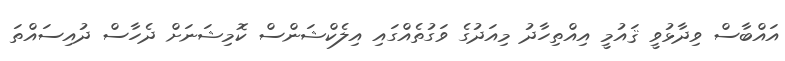
އައްބާސް ވިދާޅުވީ ޤައުމީ އިއްތިހާދު މިއަދުގެ ވަގުތެއްގައި އިލެކްޝަންސް ކޮމިޝަނަށް ދެހާސް ދުއިސައްތަ